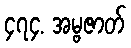
၄၇၄. အမ္ဗဇာတ်